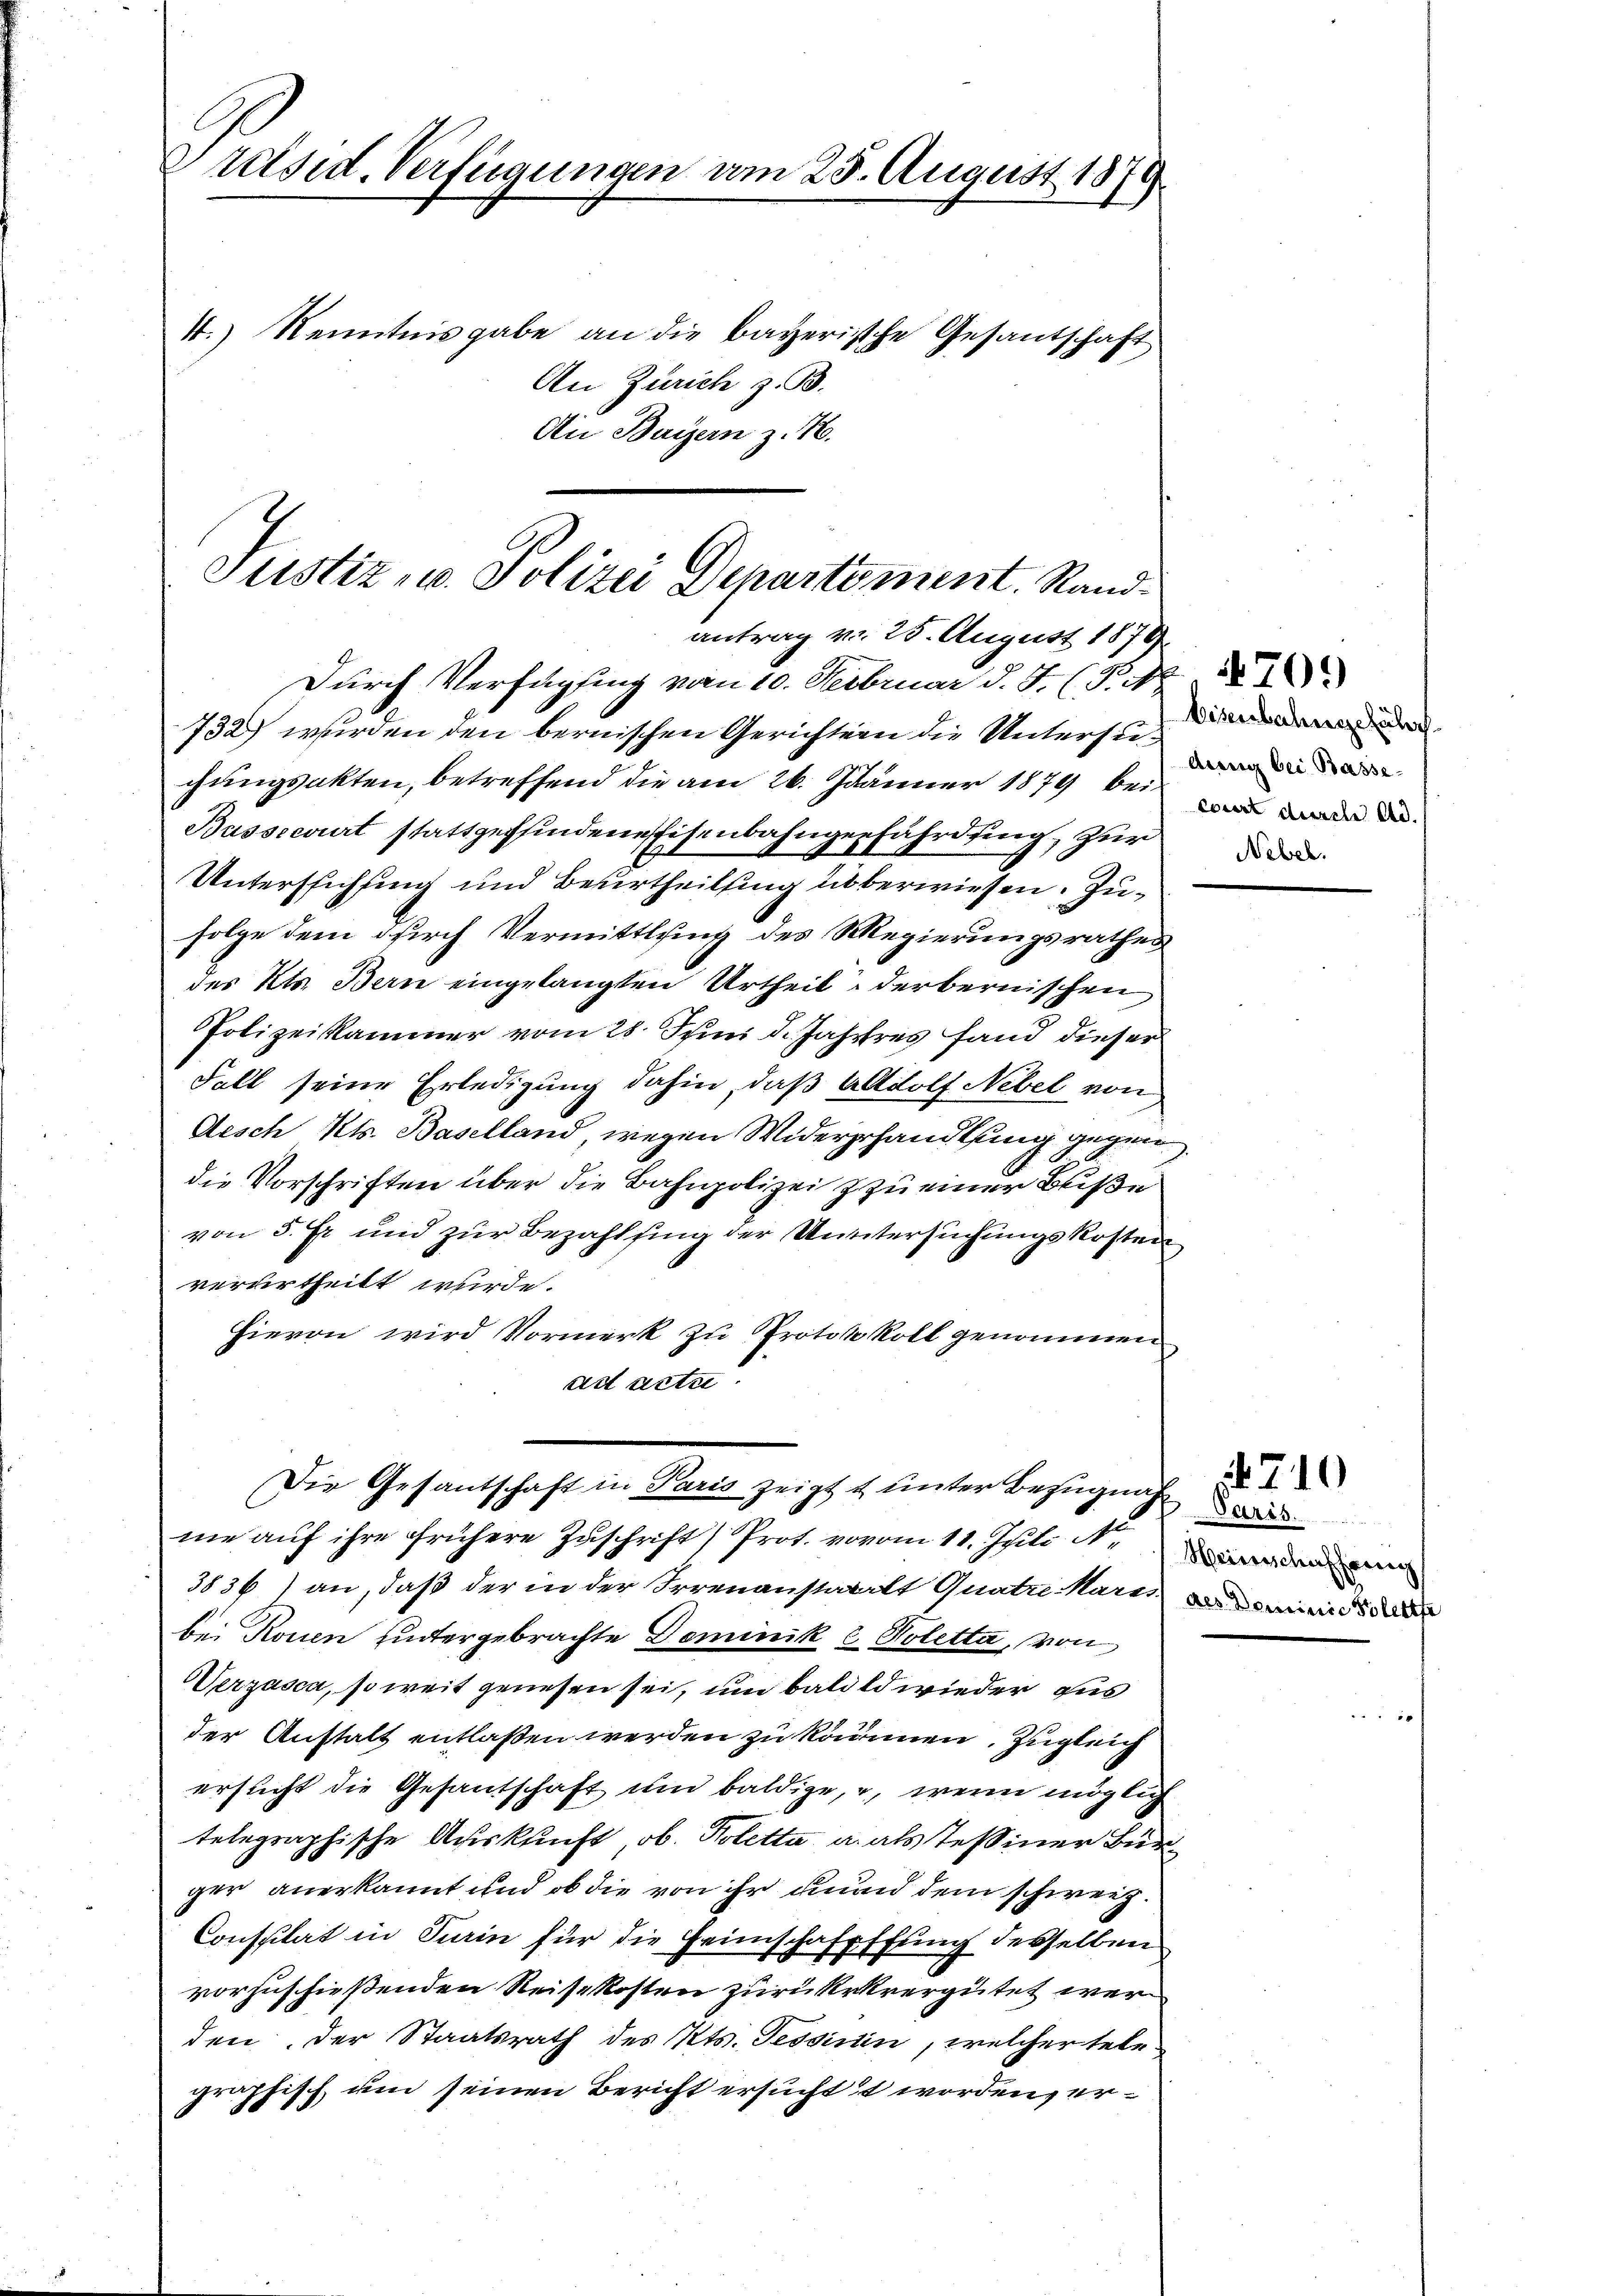
Präsid. Verfügungen am 25. August 1879
4.) Kenntnisgabe an die bayerische Gesantschaft
An Zürich z. B.

Ai Bayern z. B.

Justiz- u. Polizei Departement. Randantrag v. 25. August 1879

Durch Verfügung vom 10. Februar d. J. (Pick
732) wurden den bernischen Gerichtern die Untersugungsakten, betreffend die am 26. Jänner 1879 bei
Bassrevirt stattgeffindene Eisenbahngerfährdung, zur
Unterstichung und Beurtheilung überwiesen. Zufolge dem durch Vermittlung des Regierungsrathes
des Kts. Bern eingelangten Urtheil derbernischen
Polizeikammer vom 28. Juni d. Jahrhres fand dieser
Fall seine Erledigung dahin, daß Adolf Nebel von
Aesch Kts. Baselland, wegen Widererhandlung gegen
die Vorschriften über die Bahnpolizei & zu einer Buße
von 5. Er und zur Bezahlsing der Untersuchungskosten
verurtheilt wurde.
Hievon wird Vormerk zu Protokoll genommen
ast acte
Die Gesantschaft in Paris zeigt & unter Bezugnah
ne auf ihre frühere Zuschrift) Prot. vovom 11. Juli N
3836) an, daß der in der Irrenanstaats Quatri Martin d
bei Rouen untergebrachte Dominik u Poletta, von
Werzasca, so weit genesen sei, um bald wieder aus
der Anstalt entlaßen werden zu kommen. Zugleich
ersucht die Gesantschaft und baldige, u. wenn möglich
telegraphische Auskunft, ob. Poletta u. als Tessiner Bürger anerkannt und ob die von ihr und dem schweiz.
Consulat in Turin für die Heimschafpffung desselben
vorzuschießenden Reisekosten zurükrkvergütet werden. Der Staatsrath des Kts. Tessinin, welcher tele
graphisch, um seinen Bericht ersuchtet worden, er¬

dung bei Basse-
court durch etc.

Heimischaffernen

4710